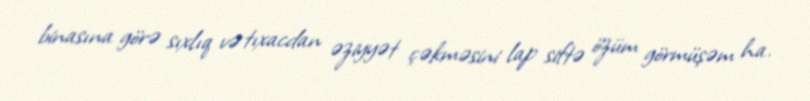
binasına görə sıxlıq və tıxacdan əziyyət çəkməsini lap siftə özüm görmüşəm ha.